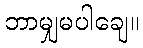
ဘာမျှမပါချေ။